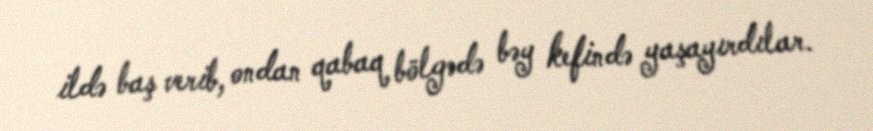
ildə baş verib, ondan qabaq bölgədə bəy kefində yaşayırdılar.